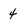
Character: 4